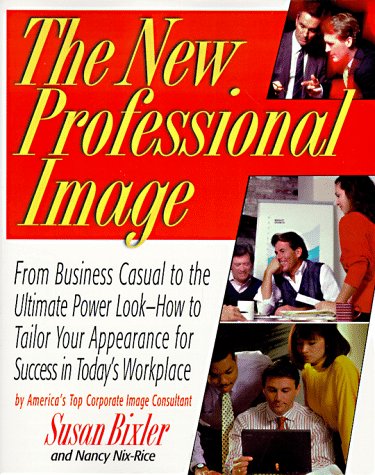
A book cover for The New Professional Image: From Business Casual to the Ultimate Power Look; Susan Bixler; Business & Money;